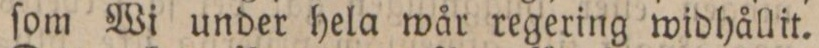
ſom Wi under hela wår regering widhållit.